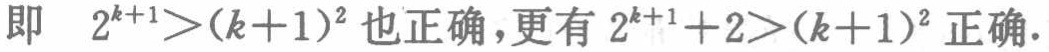
即 \(2^{k + 1}>(k + 1)^2\) 也正确，更有 \(2^{k + 1}+2>(k + 1)^2\) 正确.